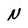
Character: N